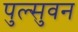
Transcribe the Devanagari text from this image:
पुल्सुवन